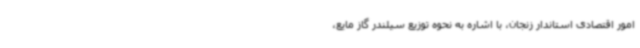
امور اقتصادی استاندار زنجان، با اشاره به نحوه توزیع سیلندر گاز مایع،